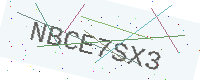
Text: NBCE7SX3